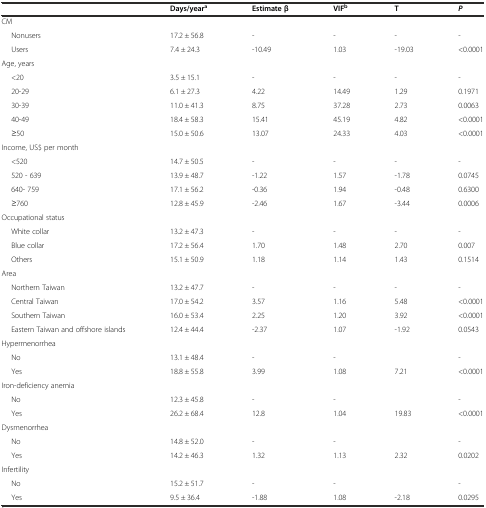
<table><thead><tr><td></td><td><b>Days/year<sup>a</sup></b></td><td><b>Estimate β</b></td><td><b>VIF<sup>b</sup></b></td><td><b>T</b></td><td><b><i>P</i></b></td></tr></thead><tbody><tr><td>CM</td><td></td><td></td><td></td><td></td><td></td></tr><tr><td>Nonusers</td><td>17.2 ± 56.8</td><td>-</td><td>-</td><td>-</td><td>-</td></tr><tr><td>Users</td><td>7.4 ± 24.3</td><td>-10.49</td><td>1.03</td><td>-19.03</td><td>&lt;0.0001</td></tr><tr><td>Age, years</td><td></td><td></td><td></td><td></td><td></td></tr><tr><td>&lt;20</td><td>3.5 ± 15.1</td><td>-</td><td>-</td><td>-</td><td>-</td></tr><tr><td>20-29</td><td>6.1 ± 27.3</td><td>4.22</td><td>14.49</td><td>1.29</td><td>0.1971</td></tr><tr><td>30-39</td><td>11.0 ± 41.3</td><td>8.75</td><td>37.28</td><td>2.73</td><td>0.0063</td></tr><tr><td>40-49</td><td>18.4 ± 58.3</td><td>15.41</td><td>45.19</td><td>4.82</td><td>&lt;0.0001</td></tr><tr><td>≥50</td><td>15.0 ± 50.6</td><td>13.07</td><td>24.33</td><td>4.03</td><td>&lt;0.0001</td></tr><tr><td>Income, US$ per month</td><td></td><td></td><td></td><td></td><td></td></tr><tr><td>&lt;520</td><td>14.7 ± 50.5</td><td>-</td><td>-</td><td>-</td><td>-</td></tr><tr><td>520 - 639</td><td>13.9 ± 48.7</td><td>-1.22</td><td>1.57</td><td>-1.78</td><td>0.0745</td></tr><tr><td>640- 759</td><td>17.1 ± 56.2</td><td>-0.36</td><td>1.94</td><td>-0.48</td><td>0.6300</td></tr><tr><td>≥760</td><td>12.8 ± 45.9</td><td>-2.46</td><td>1.67</td><td>-3.44</td><td>0.0006</td></tr><tr><td>Occupational status</td><td></td><td></td><td></td><td></td><td></td></tr><tr><td>White collar</td><td>13.2 ± 47.3</td><td>-</td><td>-</td><td>-</td><td>-</td></tr><tr><td>Blue collar</td><td>17.2 ± 56.4</td><td>1.70</td><td>1.48</td><td>2.70</td><td>0.007</td></tr><tr><td>Others</td><td>15.1 ± 50.9</td><td>1.18</td><td>1.14</td><td>1.43</td><td>0.1514</td></tr><tr><td>Area</td><td></td><td></td><td></td><td></td><td></td></tr><tr><td>Northern Taiwan</td><td>13.2 ± 47.7</td><td>-</td><td>-</td><td>-</td><td>-</td></tr><tr><td>Central Taiwan</td><td>17.0 ± 54.2</td><td>3.57</td><td>1.16</td><td>5.48</td><td>&lt;0.0001</td></tr><tr><td>Southern Taiwan</td><td>16.0 ± 53.4</td><td>2.25</td><td>1.20</td><td>3.92</td><td>&lt;0.0001</td></tr><tr><td>Eastern Taiwan and offshore islands</td><td>12.4 ± 44.4</td><td>-2.37</td><td>1.07</td><td>-1.92</td><td>0.0543</td></tr><tr><td>Hypermenorrhea</td><td></td><td></td><td></td><td></td><td></td></tr><tr><td>No</td><td>13.1 ± 48.4</td><td>-</td><td>-</td><td></td><td>-</td></tr><tr><td>Yes</td><td>18.8 ± 55.8</td><td>3.99</td><td>1.08</td><td>7.21</td><td>&lt;0.0001</td></tr><tr><td>Iron-deficiency anemia</td><td></td><td></td><td></td><td></td><td></td></tr><tr><td>No</td><td>12.3 ± 45.8</td><td>-</td><td>-</td><td></td><td>-</td></tr><tr><td>Yes</td><td>26.2 ± 68.4</td><td>12.8</td><td>1.04</td><td>19.83</td><td>&lt;0.0001</td></tr><tr><td>Dysmenorrhea</td><td></td><td></td><td></td><td></td><td></td></tr><tr><td>No</td><td>14.8 ± 52.0</td><td>-</td><td>-</td><td></td><td>-</td></tr><tr><td>Yes</td><td>14.2 ± 46.3</td><td>1.32</td><td>1.13</td><td>2.32</td><td>0.0202</td></tr><tr><td>Infertility</td><td></td><td></td><td></td><td></td><td></td></tr><tr><td>No</td><td>15.2 ± 51.7</td><td>-</td><td>-</td><td></td><td>-</td></tr><tr><td>Yes</td><td>9.5 ± 36.4</td><td>-1.88</td><td>1.08</td><td>-2.18</td><td>0.0295</td></tr></tbody></table>